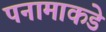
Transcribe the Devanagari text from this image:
पनामाकडे